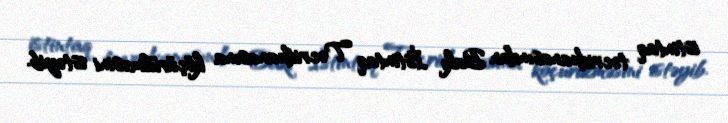
istintaq təcridxanasından Bakı İstintaq Təcridxanasına köçürülməsini istəyib.